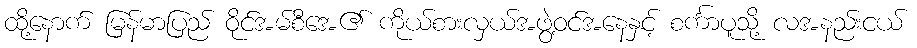
ထို့နောက် မြန်မာပြည် ဝိုင်အမ်စီအေ၏ ကိုယ်စားလှယ်အဖွဲ့ဝင်အနေနှင့် စင်္ကာပူသို့ လအနည်းငယ်